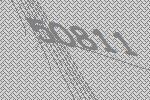
50811